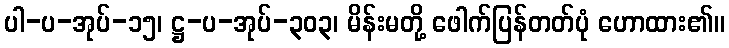
ပါ-ပ-အုပ်-၁၅၊ ဋ္ဌ-ပ-အုပ်-၃၀၃၊ မိန်းမတို့ ဖေါက်ပြန်တတ်ပုံ ဟောထား၏။